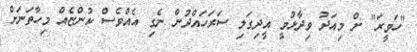
"ހަވީރަ" ށް މިއަދު ވިދާޅުވީ އީދިގަލި ސަރަހައްދުން ނެގި އެއްވެސް ކުންޏެއް މިހާތަނަށް